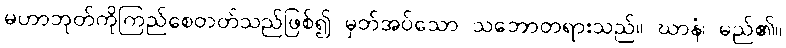
မဟာဘုတ်ကိုကြည်စေတတ်သည်ဖြစ်၍ မှတ်အပ်သော သဘောတရားသည်။ ဃာနံ၊ မည်၏။